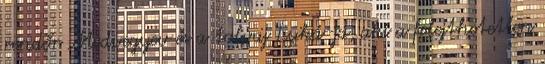
rendőr Medvegyev és a tolvaj Luká-ja, aki a felejthetetlen